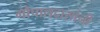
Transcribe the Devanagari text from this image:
गोपालदासांनी